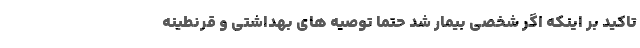
تاکید بر اینکه اگر شخصی بیمار شد حتما توصیه های بهداشتی و قرنطینه